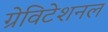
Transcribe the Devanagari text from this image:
ग्रेविटेशनल